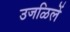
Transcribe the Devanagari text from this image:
उजळिलें